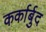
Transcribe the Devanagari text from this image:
कर्कार्बुद